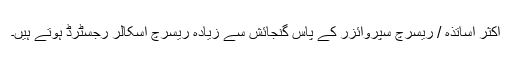
اکثر اساتذہ / ریسرچ سپروائزر کے پاس گنجائش سے زیادہ ریسرچ اسکالر رجسٹرڈ ہوتے ہیں۔